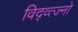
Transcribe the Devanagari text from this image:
विद्व्त्ज्नो